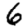
Digit: 6